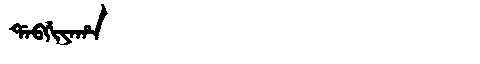
Manchu: ᡩᠠᠪᡤᡳᠶᠠᡥᠠ
Romanization: DABGIYAHA